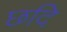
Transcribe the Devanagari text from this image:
छदि